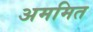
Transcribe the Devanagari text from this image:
अममित